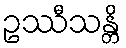
ဥဿီသန္တိ